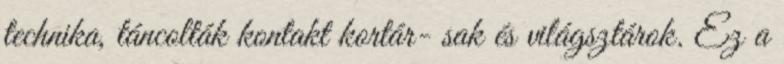
technika, táncolták kontakt kortár- sak és világsztárok. Ez a